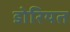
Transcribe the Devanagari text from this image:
डोरियत